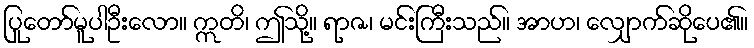
ပြုတော်မူပါဦးလော။ ဣတိ၊ ဤသို့။ ရာဇ၊ မင်းကြီးသည်။ အာဟ၊ လျှောက်ဆိုပေ၏။